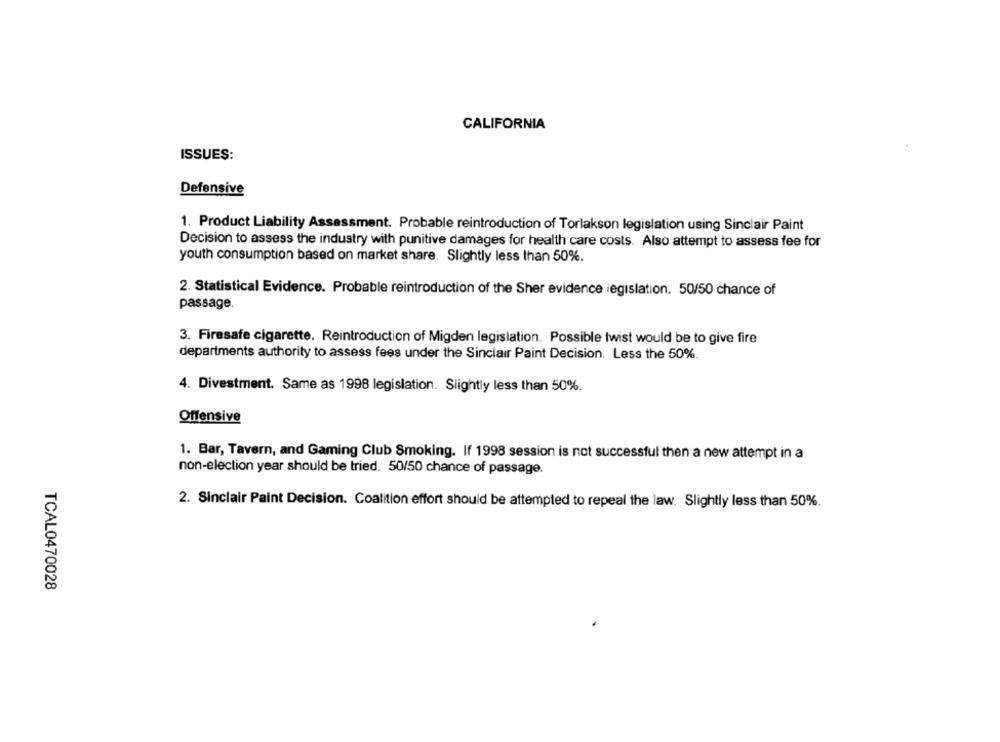
CALIFORNIA
ISSUES:
Defensive
1. Product Liability Assessment. Probable reintroduction of Torlakson legislation using Sinclair Paint
Decision to assess the industry with punitive damages for health care costs. Also attempt to assess fee for
youth consumption based on market share. Slightly less than 50%.
2. Statistical Evidence. Probable reintroduction of the Sher evidence legislation. 50/50 chance of
passage.
3. Firesafe cigarette. Reintroduction of Migden legislation. Possible twist would be to give fire
departments authority to assess fees under the Sinclair Paint Decision. Less the 50%.
4. Divestment. Same as 1998 legislation. Slightly less than 50%.
Offensive
1. Bar, Tavern, and Gaming Club Smoking. If 1998 session is not successful then a new attempt in a
non-election year should be tried. 50/50 chance of passage.
2. Sinclair Paint Decision. Coalition effort should be attempted to repeal the law. Slightly less than 50%.
TCAL0470028